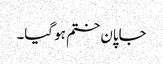
جاپان ختم ہو گیا۔